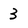
Character: 3